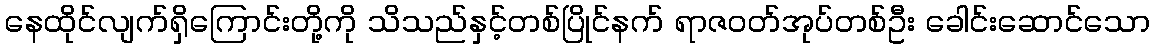
နေထိုင်လျက်ရှိကြောင်းတို့ကို သိသည်နှင့်တစ်ပြိုင်နက် ရာဇဝတ်အုပ်တစ်ဦး ခေါင်းဆောင်သော